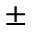
\pm